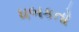
ધબકતો